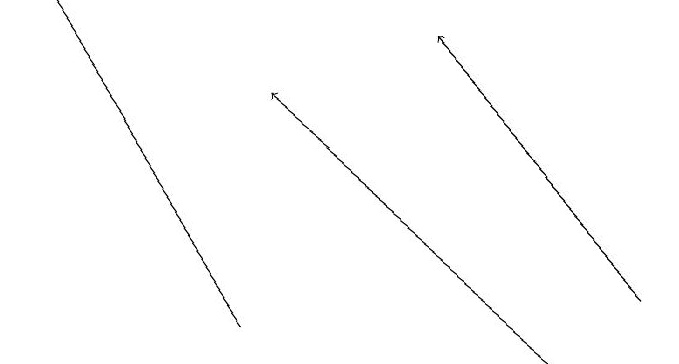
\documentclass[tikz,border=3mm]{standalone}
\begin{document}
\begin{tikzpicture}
\draw[->] (9,16) -- (6,19);
\draw[->] (8,15) -- (4,18);
\draw[->] (4,15) -- (1,19);
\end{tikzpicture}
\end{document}